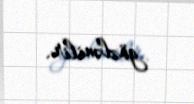
gözlənilir.